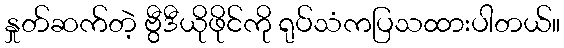
နှုတ်ဆက်တဲ့ ဗွီဒီယိုဖိုင်ကို ရုပ်သံကပြသထားပါတယ်။